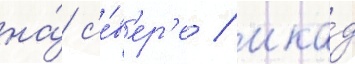
на́ с'е́в'ер'е / мка́д